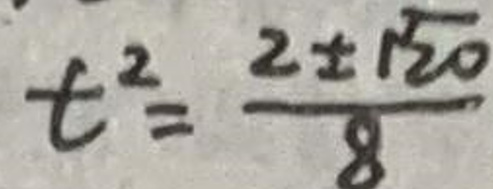
$t^{2}=\frac{2\pm\sqrt{20}}{8}$